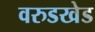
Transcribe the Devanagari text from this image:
वरुडखेड